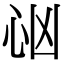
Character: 𢗮